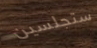
ستجلسين